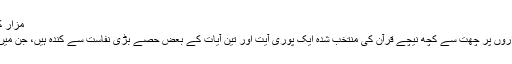
مزار کے لیے منتخب کردہ آیات
مزار کے اندر چاروں دیواروں پر چھت سے کچھ نیچے قرآن کی منتخب شدہ ایک پوری آیت اور تین آیات کے بعض حصے بڑی نفاست سے کندہ ہیں، جن میں سنگ موسیٰ بھرا ہوا ہے۔